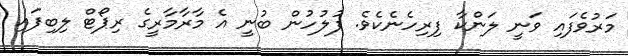
މަރުވެފައި ވަނީ ލަންކާ ފިރިހެނެކެވެ. ފުލުހުން ބުނީ އެ މާރާމާރީގެ ރިޕޯޓް ލިބިފައި